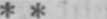
* *